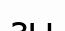
зы